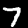
Digit: 7